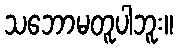
သဘောမတူပါဘူး။